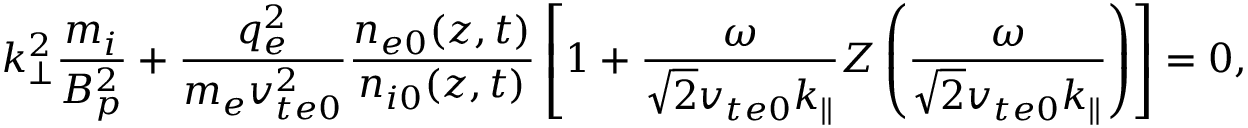
k _ { \perp } ^ { 2 } \frac { m _ { i } } { B _ { p } ^ { 2 } } + \frac { q _ { e } ^ { 2 } } { m _ { e } v _ { t e 0 } ^ { 2 } } \frac { n _ { e 0 } ( z , t ) } { n _ { i 0 } ( z , t ) } \left[ 1 + \frac { \omega } { \sqrt { 2 } v _ { t e 0 } k _ { \parallel } } Z \left( \frac { \omega } { \sqrt { 2 } v _ { t e 0 } k _ { \parallel } } \right) \right] = 0 ,